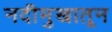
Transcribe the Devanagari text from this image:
नदीमुखातून